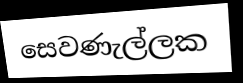
සෙවණැල්ලක